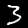
Label: 3